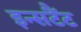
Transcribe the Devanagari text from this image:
इन्सटैंट